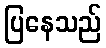
ပြနေသည်